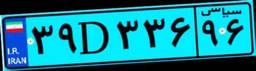
۳۹D۳۳۶۹۶